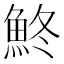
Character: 鮗